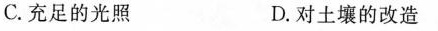
C.充足的光照 D.对土壤的改造